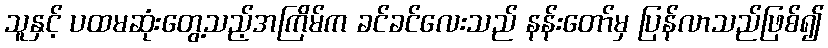
သူနှင့် ပထမဆုံးတွေ့သည့်အကြိမ်က ခင်ခင်လေးသည် နန်းတော်မှ ပြန်လာသည်ဖြစ်၍